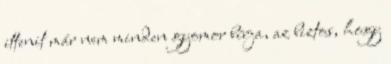
ittenit már nem minden gyomor bírja, az biztos, hogy